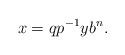
LaTeX: \begin{align*}x=qp^{-1}yb^n.\end{align*}